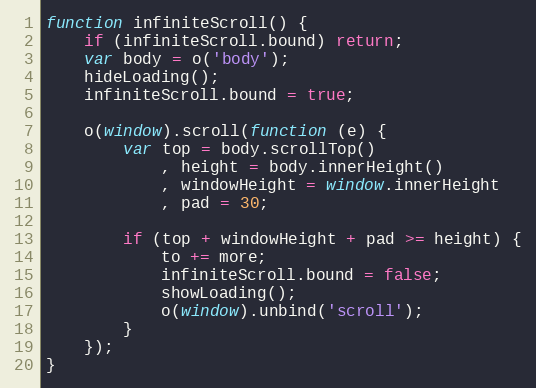
Language: JavaScript
function infiniteScroll() {
    if (infiniteScroll.bound) return;
    var body = o('body');
    hideLoading();
    infiniteScroll.bound = true;

    o(window).scroll(function (e) {
        var top = body.scrollTop()
            , height = body.innerHeight()
            , windowHeight = window.innerHeight
            , pad = 30;

        if (top + windowHeight + pad >= height) {
            to += more;
            infiniteScroll.bound = false;
            showLoading();
            o(window).unbind('scroll');
        }
    });
}